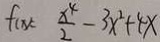
f ( x ) = \frac { x ^ { 4 } } { 2 } - 3 x ^ { 2 } + 4 x